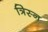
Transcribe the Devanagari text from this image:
त्रिस्न